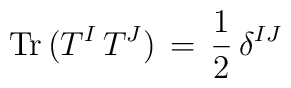
{\rm Tr}\,(T^I\,T^J)\,=\,\frac{1}{2}\,\delta^{IJ}